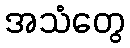
အသံတွေ